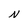
Character: N